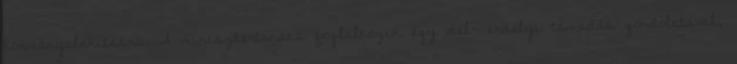
kormányalakításra. A minisztertanács foglalkozik egy dél- erdélyi támadás gondolatával,